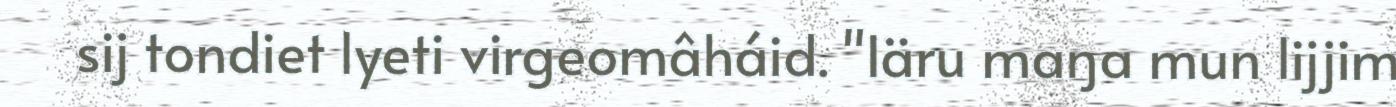
sij tondiet lyeti virgeomâháid. "Iäru maŋa mun lijjim